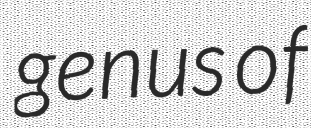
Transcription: genus of